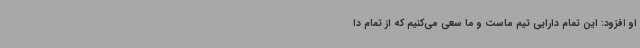
او افزود: این تمام دارایی تیم ماست و ما سعی می‌کنیم که از تمام دا